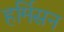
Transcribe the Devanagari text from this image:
हर्मिसन